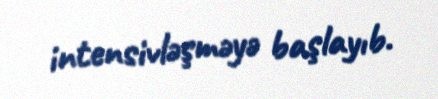
intensivləşməyə başlayıb.